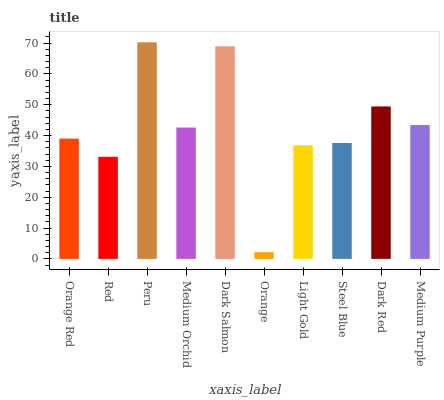
| xaxis_label | bars |
 | --- | --- |
 | Orange Red | 39 |
 | Red | 33.1 |
 | Peru | 70.2 |
 | Medium Orchid | 42.6 |
 | Dark Salmon | 68.9 |
 | Orange | 2.18 |
 | Light Gold | 36.8 |
 | Steel Blue | 37.6 |
 | Dark Red | 49.4 |
 | Medium Purple | 43.4 |